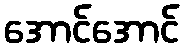
အောင်အောင်